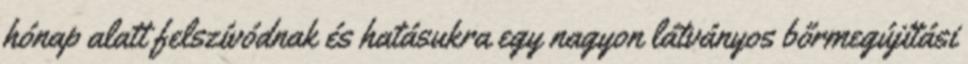
hónap alatt felszívódnak és hatásukra egy nagyon látványos bőrmegújítási